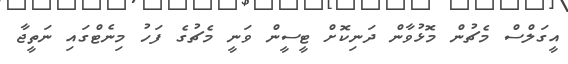
އީގަލްސް މެޗުން މޮޅުވާން ދަނިކޮށް ޓީސީން ވަނީ މެޗުގެ ފަހު މިނެޓްގައި ނަތީޖާ